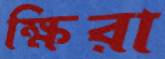
ক্ষিরা